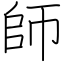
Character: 師